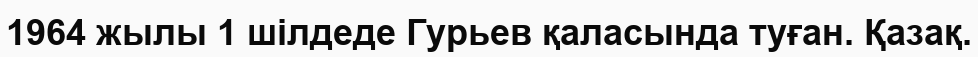
1964 жылы 1 шілдеде Гурьев қаласында туған. Қазақ.